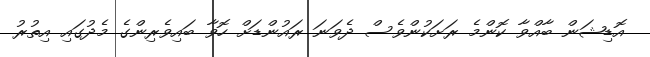
އޮޑިޝަން ބާއްވާ ކޮންމެ ރަށަކުންވެސް ދެވަނަ ރައުންޑަށް ހޮވާ ބައިވެރިންގެ މެދުގައި އިތުރު